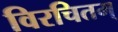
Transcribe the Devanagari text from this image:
विरचितम्